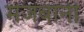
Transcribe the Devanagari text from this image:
मे़जबानी